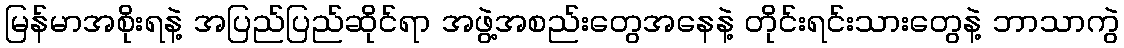
မြန်မာအစိုးရနဲ့ အပြည်ပြည်ဆိုင်ရာ အဖွဲ့အစည်းတွေအနေနဲ့ တိုင်းရင်းသားတွေနဲ့ ဘာသာကွဲ